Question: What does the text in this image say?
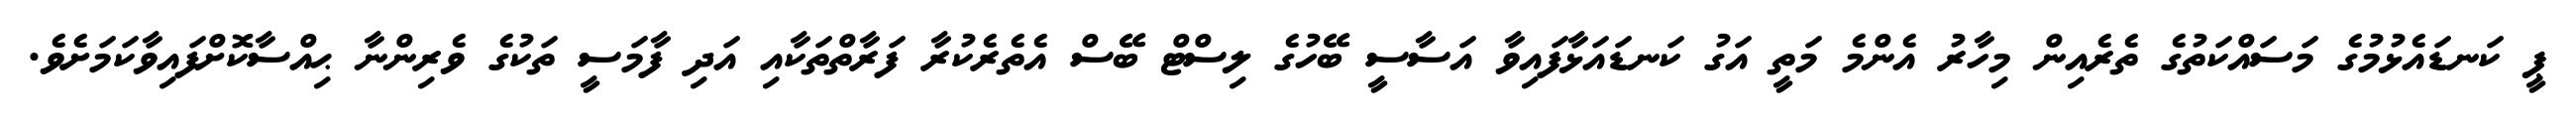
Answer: ޕީ ކަނޑައެޅުމުގެ މަސައްކަތުގެ ތެރެއިން މިހާރު އެންމެ މަތީ އަގު ކަނޑައަޅާފައިވާ އަސާސީ ބޭހުގެ ލިސްޓް ބޭސް އެތެރެކުރާ ފަރާތްތަކާއި އަދި ފާމަސީ ތަކުގެ ވެރިންނާ ޙިއްސާކޮށްފައިވާކަމަށެވެ.